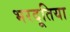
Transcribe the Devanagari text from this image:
भरदूतिया